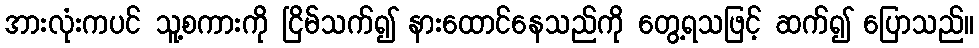
အားလုံးကပင် သူ့စကားကို ငြိမ်သက်၍ နားထောင်နေသည်ကို တွေ့ရသဖြင့် ဆက်၍ ပြောသည်။